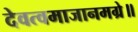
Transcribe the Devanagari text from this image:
देवत्वमाजानमग्रे॥